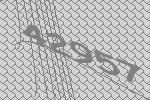
42957